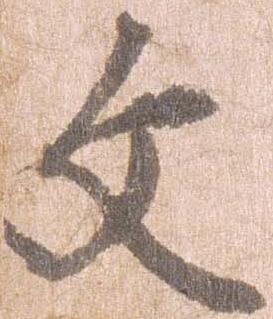
文